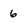
Character: 6